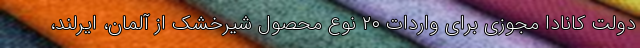
دولت کانادا مجوزی برای واردات ۲۰ نوع محصول شیرخشک از آلمان، ایرلند،